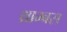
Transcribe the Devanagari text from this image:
थ्राम्बस